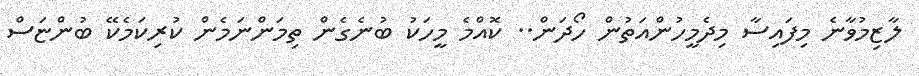
ލާޒިމުވާނެ މިފައިސާ މިދެމީހުންއަތުން ހޯދަން.. ކޮއްމެ މީހަކު ބުނެގެން ތިމަންނަމެން ކުރިކަމެކޭ ބުންޏަސް